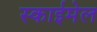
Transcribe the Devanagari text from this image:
स्काईमेल